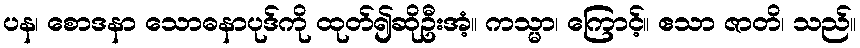
ပန၊ စောဒနာ သောဓနာပုဒ်ကို ထုတ်၍ဆိုဦးအံ့။ ကသ္မာ၊ ကြောင့်။ ဧသာ ဇာတိ၊ သည်။